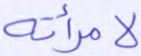
لامرأته